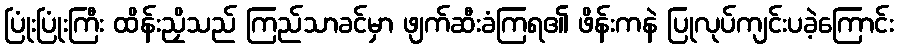
ပြုံးပြုံးကြီး ထိန်းညှိသည် ကြည်သာခင်မှာ ဖျက်ဆီးခံကြရ၏ ဖိန်းကနဲ ပြုလုပ်ကျင်းပခဲ့ကြောင်း